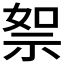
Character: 𥙦